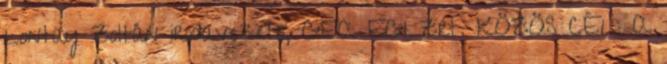
Lontay Zoltán irodavezető, GEA EGI Zrt. KÖZÖS CÉL: A